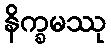
နိက္ခမဿု